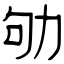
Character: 劬